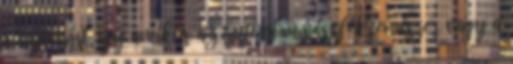
a nyomást, így amikor az autonóm vészfékrendszer vagy a